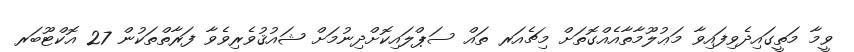
ވީމާ މަތީގައިދެވިފައިވާ މަޢުލޫމާތާއެއްގޮތަށް މިޗެއަރ ތައް ސަޕްލައިކޮށްދިނުމަށް ޝައުޤުވެރިވެވާ ފަރާތްތަކުން 27 އޮކްޓޫބަރ